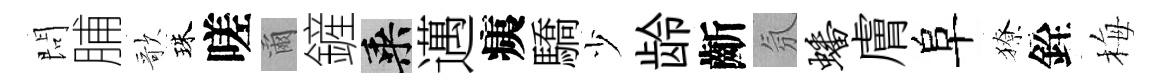
問脯歌珠嗟爾鏟乘邁痍驕少龄齗氛蟠膚阜獠銓梅